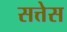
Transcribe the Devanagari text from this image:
सत्तेस